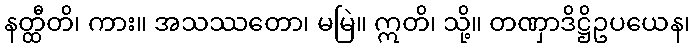
နတ္ထီတိ၊ ကား။ အသဿတော၊ မမြဲ။ ဣတိ၊ သို့။ တဏှာဒိဋ္ဌိဥပယေန၊